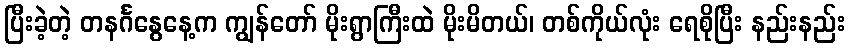
ပြီးခဲ့တဲ့ တနင်္ဂနွေနေ့က ကျွန်တော် မိုးရွာကြီးထဲ မိုးမိတယ်၊ တစ်ကိုယ်လုံး ရေစိုပြီး နည်းနည်း